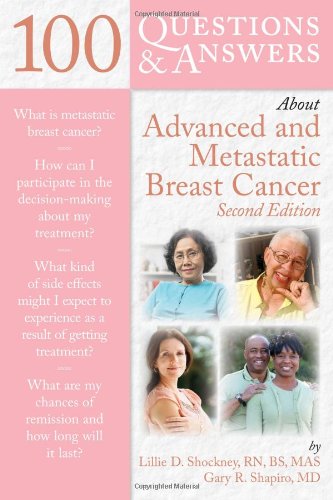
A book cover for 100 Questions  &  Answers About Advanced  &  Metastatic Breast Cancer; Lillie D. Shockney; Health, Fitness & Dieting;